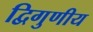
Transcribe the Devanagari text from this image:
द्विगुणीय